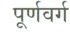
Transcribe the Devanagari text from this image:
पूर्णवर्ग